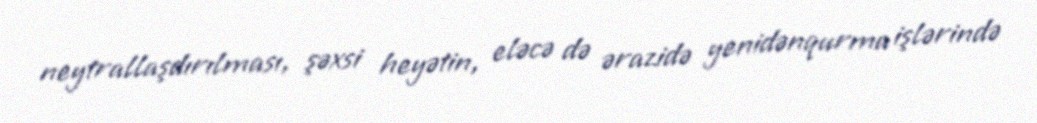
neytrallaşdırılması, şəxsi heyətin, eləcə də ərazidə yenidənqurma işlərində